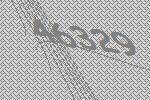
46329